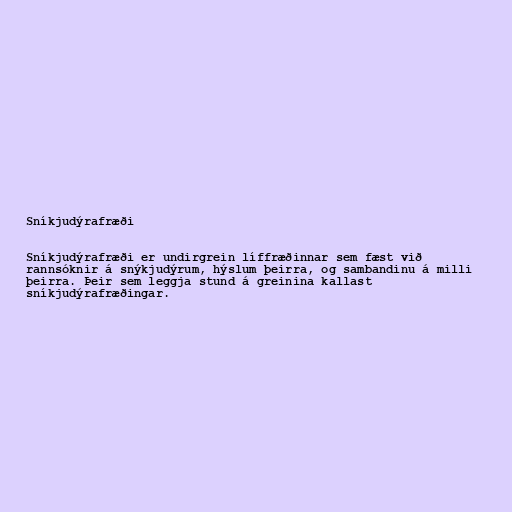
Sníkjudýrafræði

Sníkjudýrafræði er undirgrein líffræðinnar sem fæst við
rannsóknir á snýkjudýrum, hýslum þeirra, og sambandinu á milli
þeirra. Þeir sem leggja stund á greinina kallast
sníkjudýrafræðingar.